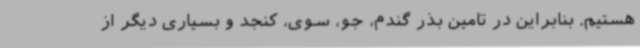
هستیم. بنابراین در تامین بذر گندم، جو، سوی، کنجد و بسیاری دیگر از